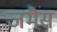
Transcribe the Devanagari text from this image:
जमैस